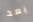
بعد